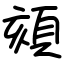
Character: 頦